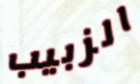
الزبيب